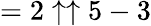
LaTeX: =2\uparrow\uparrow 5-3